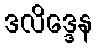
ဒလိဒ္ဒေန